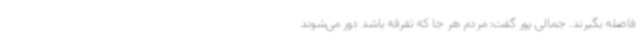
فاصله بگیرند. جمالی پور گفت: مردم هر جا که تفرقه باشد دور می‌شوند